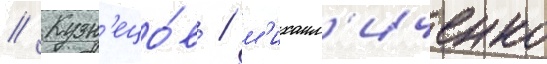
// Кузн'ецо́в / м'ихаил'иченко